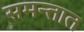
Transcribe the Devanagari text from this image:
समन्तात